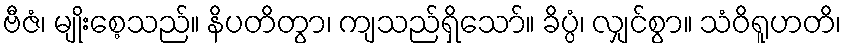
ဗီဇံ၊ မျိုးစေ့သည်။ နိပတိတွာ၊ ကျသည်ရှိသော်။ ခိပ္ပံ၊ လျှင်စွာ။ သံဝိရူဟတိ၊